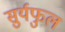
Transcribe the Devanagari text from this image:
सुर्यफुल